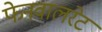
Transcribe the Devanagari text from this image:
फेनवालरेट